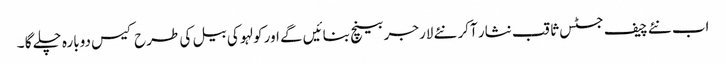
اب نئے چیف جسٹس ثاقب نثار آکر نئے لارجر بینچ بنائیں گے اور کولہو کی بیل کی طرح کیس دوبارہ چلے گا ۔